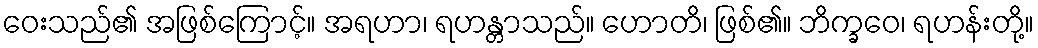
ဝေးသည်၏ အဖြစ်ကြောင့်။ အရဟာ၊ ရဟန္တာသည်။ ဟောတိ၊ ဖြစ်၏။ ဘိက္ခဝေ၊ ရဟန်းတို့။